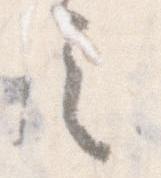
之